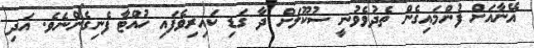
އޭނާއަށް ފުންމައިގެން ތެދުވެވުނީ ސުކޫލަށް ދާ ގަޑި ކައިރިވެފައި ހުއްޓާ ފެނިގެންނެވެ. އަދި